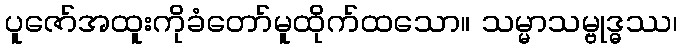
ပူဇော်အထူးကိုခံတော်မူထိုက်ထသော။ သမ္မာသမ္ဗုဒ္ဓဿ၊